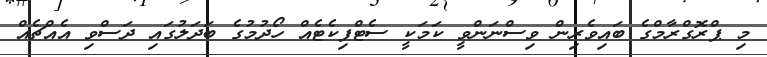
މި ޕްރޮގްރާމްގެ ބައިވެރިން ވިސްނަންވީ ކަމަކީ ސެޓްފިކެޓެއް ހޯދުމުގެ ބަދަލުގައި ދަސްވި އެއްޗެއް